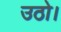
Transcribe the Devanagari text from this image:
उठो।